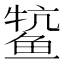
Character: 𫚟